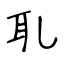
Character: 耴